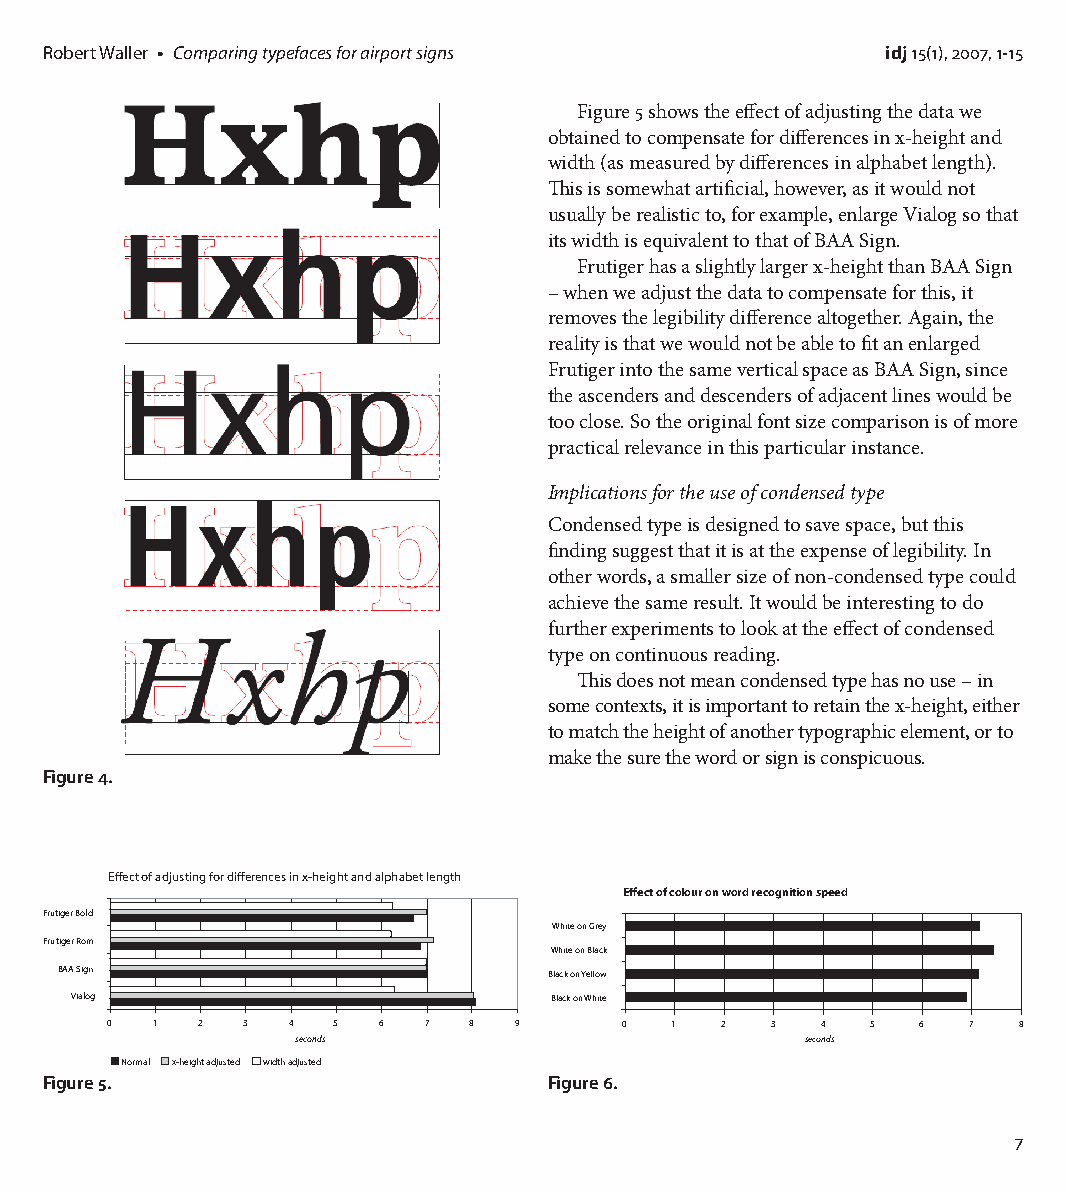
Robert Waller • Comparing typefaces for airport signs   idj 15(1), 2007, 1-15
 Figure 5 shows the effect of adjusting the data we
 obtained to compensate for differences in x-height and
 width (as measured by differences in alphabet length).
 This is somewhat artificial, however, as it would not
 usually be realistic to, for example, enlarge Vialog so that
 its width is equivalent to that of BAA Sign.
 Frutiger has a slightly larger x-height than BAA Sign
 – when we adjust the data to compensate for this, it
 removes the legibility difference altogether. Again, the
 reality is that we would not be able to fit an enlarged
 Frutiger into the same vertical space as BAA Sign, since
 the ascenders and descenders of adjacent lines would be
 too close. So the original font size comparison is of more
 practical relevance in this particular instance.
 Implications for the use of condensed type
 Condensed type is designed to save space, but this
 finding suggest that it is at the expense of legibility. In
 other words, a smaller size of non-condensed type could
 achieve the same result. It would be interesting to do
 further experiments to look at the effect of condensed
 type on continuous reading.
 This does not mean condensed type has no use – in
 some contexts, it is important to retain the x-height, either
 to match the height of another typographic element, or to
 make the sure the word or sign is conspicuous.
 Figure 4.
 Effect of adjusting for differences in x-height and alphabet length
 Effect of colour on word recognition speed
 Frutiger Bold
 White on Grey
 Frutiger Rom
 White on Black
 BAA Sign                        Black on Yellow
 Vialog                         Black on White
 0  1  2  3  4  5  6  7  8  9      0  1   2  3  4   5  6  7  8
 seconds                          seconds
 Normal x-height adjusted width adjusted
 Figure 5.                        Figure 6.
 7